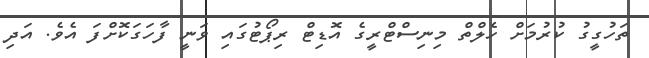
ތަހުގީގު ކުރުމަށް ހެލްތް މިނިސްޓްރީގެ އޮޑިޓް ރިޕޯޓުގައި ވަނީ ފާހަގަކޮށްފަ އެވެ. އަދި